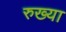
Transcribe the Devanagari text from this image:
रुख्या